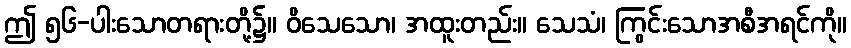
ဤ ၅၆-ပါးသောတရားတို့၌။ ဝိသေသော၊ အထူးတည်း။ သေသံ၊ ကြွင်းသောအစီအရင်ကို။